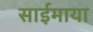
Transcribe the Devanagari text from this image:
साईमाया